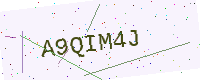
Text: A9QIM4J